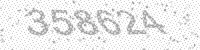
Solution: 358624